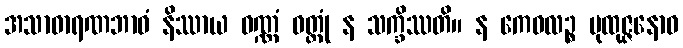
အသာဓာရဏဘာဝံ နိဿာယ ဝဏ္ဏံ ဝတ္တုံ န သက္ခိဿတိ။ န ကေဝလဉ္စ ပုထုဇ္ဇနောဝ